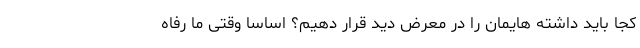
کجا باید داشته هایمان را در معرض دید قرار دهیم؟ اساسا وقتی ما رفاه